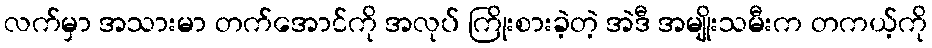
လက်မှာ အသားမာ တက်အောင်ကို အလုပ် ကြိုးစားခဲ့တဲ့ အဲဒီ အမျိုးသမီးက တကယ့်ကို